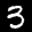
Label: 3